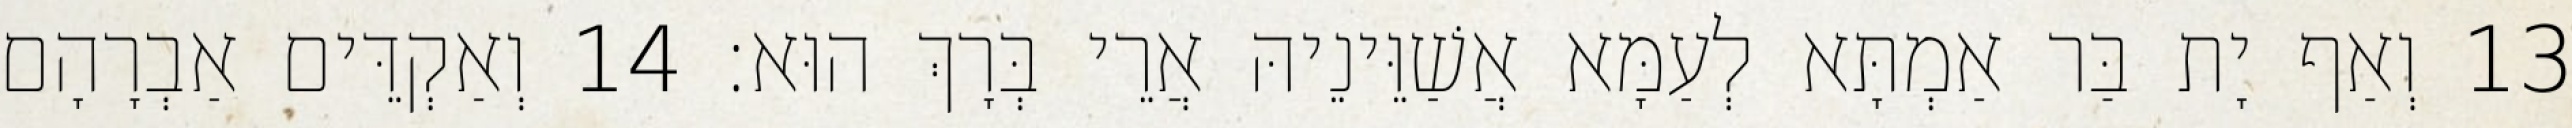
13 וְאַף יָת בַּר אַמְתָּא לְעַמָּא אֲשַׁוֵּינֵיהּ אֲרֵי בְּרָךְ הוּא׃ 14 וְאַקְדֵּים אַבְרָהָם